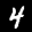
Label: 4